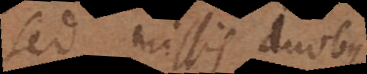
Sed missis duobus